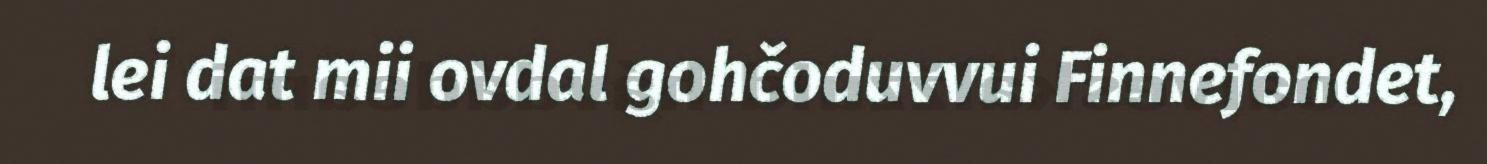
lei dat mii ovdal gohčoduvvui Finnefondet,